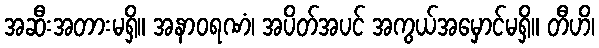
အဆီးအတားမရှိ။ အနာဝရဏံ၊ အပိတ်အပင် အကွယ်အမှောင်မရှိ။ တီဟိ၊